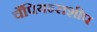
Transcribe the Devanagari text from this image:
चँपियन्सशीप